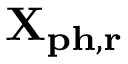
\mathbf { X _ { p h , r } }